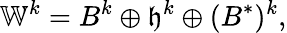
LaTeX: \mathbb{W}^{k}=B^{k}\oplus\mathfrak{h}^{k}\oplus(B^{*})^{k},